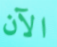
الآن